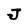
Character: J